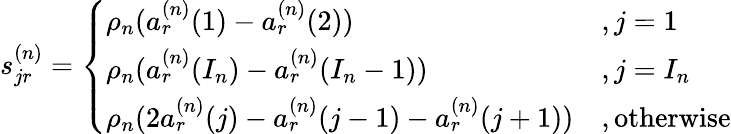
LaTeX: s_{jr}^{(n)}=\left\{ \begin{array}{ll}{\rho_{n}(a_{r}^{(n)}(1)-a_{r}^{(n)}(2))}&{,j=1}\\ {\rho_{n}(a_{r}^{(n)}(I_{n})-a_{r}^{(n)}(I_{n}-1))}&{,j=I_{n}}\\ {\rho_{n}(2a_{r}^{(n)}(j)-a_{r}^{(n)}(j-1)-a_{r}^{(n)}(j+1))}&{,\mathrm{otherwise}}\end{array}\right.